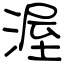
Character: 渥